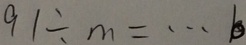
9 1 \div m = \cdots b